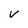
Character: V